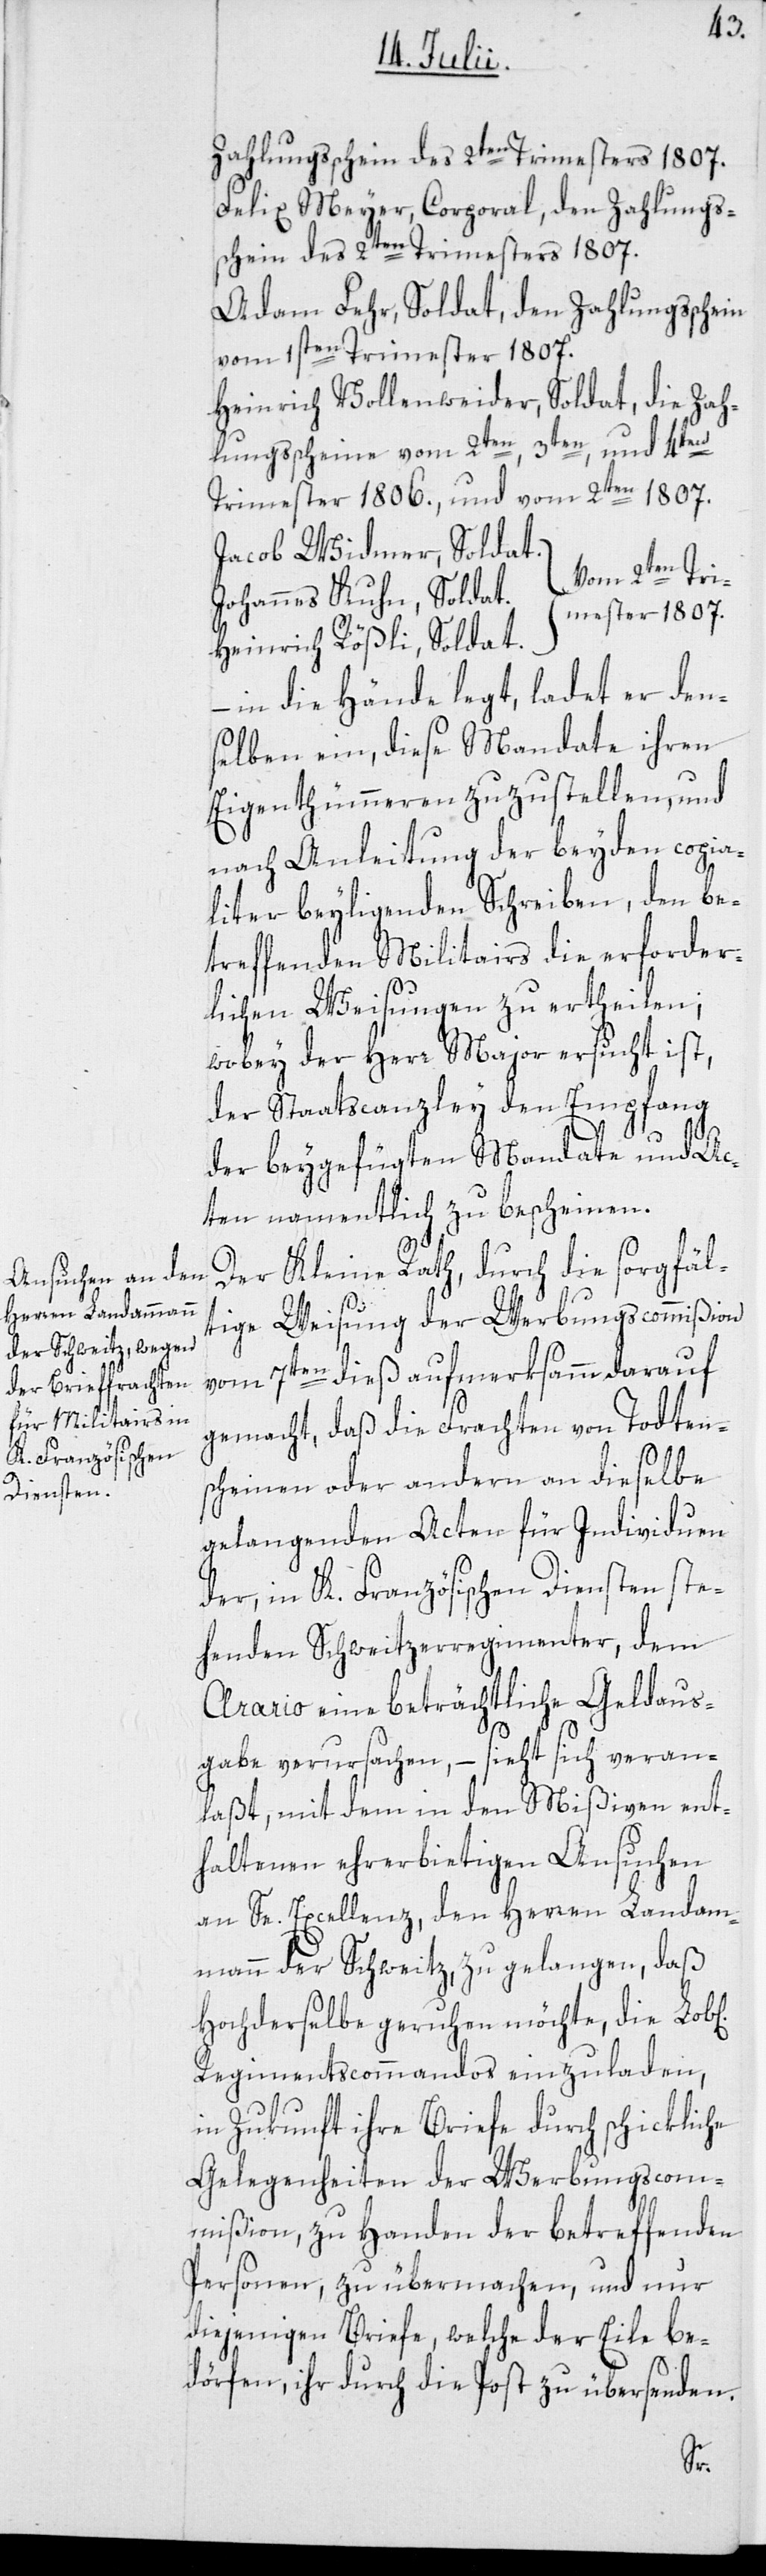
Zahlungsschein des 2ten Trimesters 1807.
Felix Meyer, Corporal, den Zahlungs¬
schein des 2ten Trimesters 1807.
Adam Fehr, Soldat, den Zahlungsschein
vom 1sten Trimester 1807.
Heinrich Vollenweider, Soldat, die Zah¬
lungsscheine vom 2ten, 3ten, und 4ten
Trimester 1806., und vom 2ten 1807.
Jacob Widmer, Soldat.
Vom 2ten Tri¬
Johannes Kuhn, Soldat.
mester 1807.
Heinrich Rößli, Soldat.
– in die Hände legt, ladet er den¬
selben ein, diese Mandate ihren
Eigenthümmeren zuzustellen, und
nach Anleitung der beyden copia¬
liter beyligenden Schreiben, den be¬
treffenden Militairs die erforder¬
lichen Weisungen zu ertheilen;
wobey der Herr Major ersucht ist,
der Staatscanzley den Empfang
der beygefügten Mandate und Ac¬
ten namentlich zu bescheinen.
Der Kleine Rath, durch die sorgfäl¬
tige Weisung der Werbungscommißion
vom 7ten dieß aufmerksamm darauf
gemacht, daß die Frachten von Todten¬
scheinen oder andern an dieselbe
gelangenden Acten für Individuen
der, in K. Französischen Diensten ste¬
henden Schweitzerregimenter, dem
Arario eine beträchtliche Geldaus¬
gabe verursachen, – sieht sich veran¬
laßt, mit dem in den Mißiven ent¬
haltenen ehrerbietigen Ansuchen
an Se. Excellenz, den Herren Landam¬
mann der Schweitz, zu gelangen, daß
Hochderselbe geruhen möchte, die Lob[l¬
Regimentscommandos einzuladen,
in Zukunft ihre Briefe durch schickliche
Gelegenheiten der Werbungscom¬
mißion, zu Handen der betreffenden
Personen, zu übermachen, und nur
diejenigen Briefe, welche der Eile be¬
dörfen, ihr durch die Post zu übersenden.
hen]